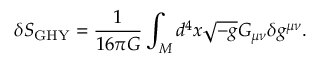
\delta S _ { \mathrm { G H Y } } = \frac { 1 } { 1 6 \pi G } \int _ { M } d ^ { 4 } x \sqrt { - g } G _ { \mu \nu } \delta g ^ { \mu \nu } .